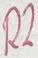
Text: R2